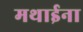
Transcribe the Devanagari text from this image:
मथाईना